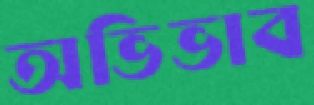
অভিভাব